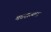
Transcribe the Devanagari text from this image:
मतदात्यास